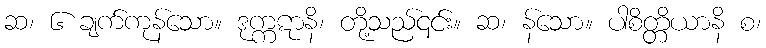
ဆ၊ ၆ ချက်ကုန်သော။ ဒုက္ကဋာနိ၊ တို့သည်၎င်း။ ဆ၊ န်သော။ ပါစိတ္တိယာနိ စ၊